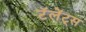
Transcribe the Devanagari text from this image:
टॅलेंट्स